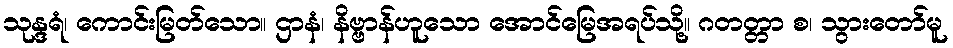
သုန္ဒရံ၊ ကောင်းမြတ်သော။ ဌာနံ၊ နိဗ္ဗာန်ဟူသော အောင်မြေအရပ်သို့။ ဂတတ္တာ စ၊ သွားတော်မူ